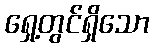
ရှေ့တွင်ရှိသော